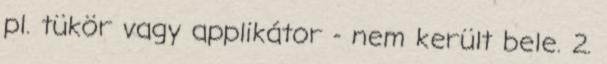
pl. tükör vagy applikátor - nem került bele. 2.